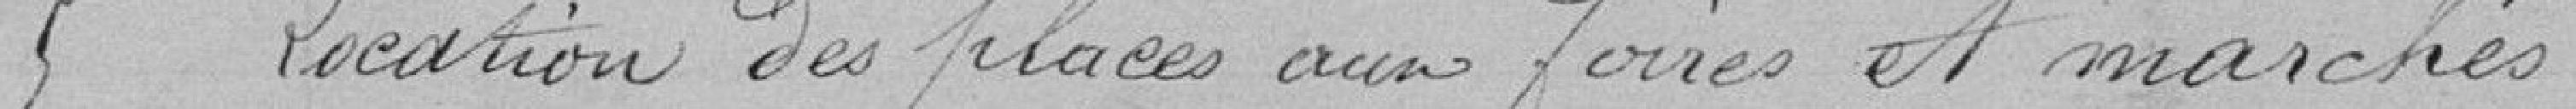
5 location des places aux foires et marchés